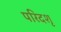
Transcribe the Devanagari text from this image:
परिदशृ